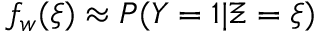
f _ { w } ( \xi ) \approx P ( Y = 1 | \Xi = \xi )